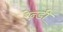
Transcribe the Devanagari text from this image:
रेन्डी